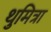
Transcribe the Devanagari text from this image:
थुमित्रा